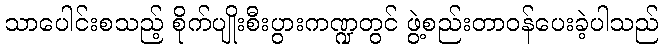
သာပေါင်းစသည့် စိုက်ပျိုးစီးပွားကဏ္ဍတွင် ဖွဲ့စည်းတာဝန်ပေးခဲ့ပါသည်